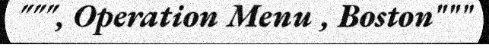
""", Operation Menu , Boston"""